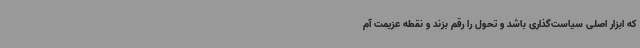
که ابزار اصلی سیاست‌گذاری باشد و تحول را رقم بزند و نقطه عزیمت آم